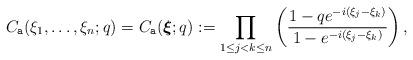
LaTeX: \begin{align*}C_{\texttt{a}}(\xi_1,\ldots ,\xi_n;q)=C_{\texttt{a}}(\boldsymbol{\xi};q) := \prod_{1\leq j<k \leq n} \left(\frac{1-q e^{-i(\xi_{j}-\xi_k)}}{1-e^{-i(\xi_{j}-\xi_k)}}\right) ,\end{align*}